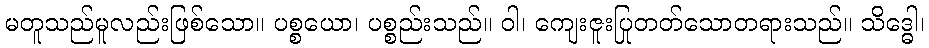
မတူသည်မူလည်းဖြစ်သော။ ပစ္စယော၊ ပစ္စည်းသည်။ ဝါ၊ ကျေးဇူးပြုတတ်သောတရားသည်။ သိဒ္ဓေါ၊